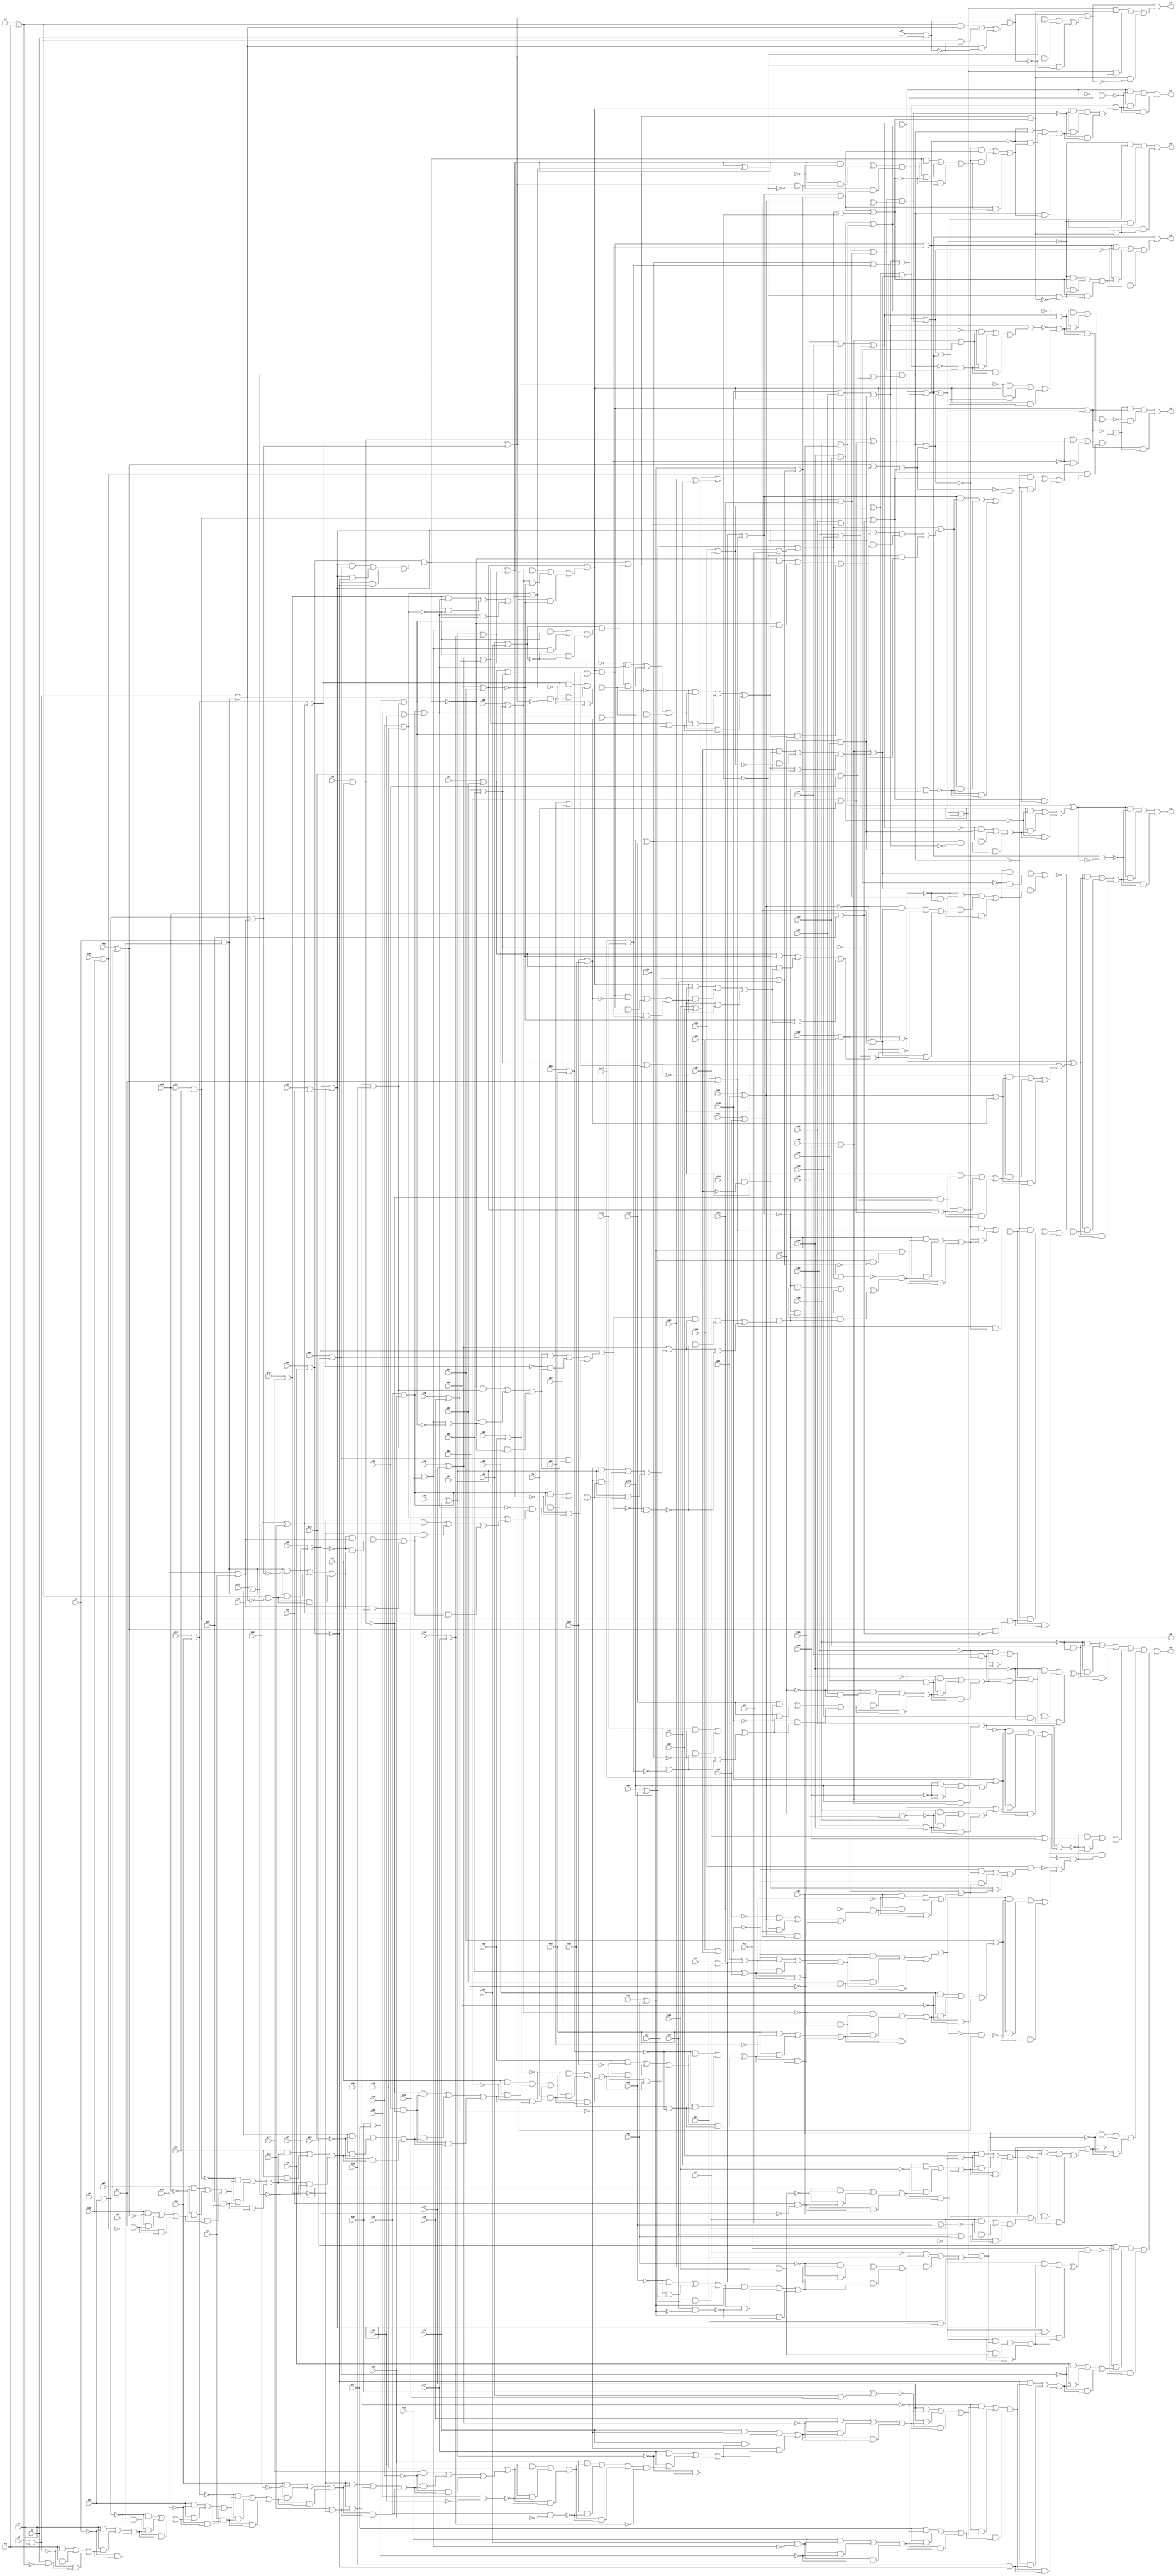
module top( x0 , x1 , x2 , x3 , x4 , x5 , x6 , x7 , x8 , x9 , x10 , x11 , x12 , x13 , x14 , x15 , x16 , x17 , x18 , x19 , x20 , x21 , x22 , x23 , x24 , x25 , x26 , x27 , x28 , x29 , x30 , x31 , x32 , x33 , x34 , x35 , x36 , x37 , x38 , x39 , x40 , x41 , x42 , x43 , x44 , x45 , x46 , x47 , x48 , x49 , x50 , x51 , x52 , x53 , x54 , x55 , x56 , x57 , x58 , x59 , x60 , x61 , x62 , x63 , x64 , x65 , x66 , x67 , x68 , x69 , x70 , x71 , x72 , x73 , x74 , x75 , x76 , x77 , x78 , x79 , x80 , x81 , x82 , x83 , x84 , x85 , x86 , x87 , x88 , x89 , x90 , x91 , x92 , x93 , x94 , x95 , x96 , x97 , x98 , x99 , x100 , x101 , x102 , x103 , x104 , x105 , x106 , x107 , x108 , x109 , x110 , x111 , x112 , x113 , x114 , x115 , x116 , x117 , x118 , x119 , x120 , x121 , x122 , x123 , x124 , x125 , x126 , x127 , y0 , y1 , y2 , y3 , y4 , y5 , y6 , y7 );
  input x0 , x1 , x2 , x3 , x4 , x5 , x6 , x7 , x8 , x9 , x10 , x11 , x12 , x13 , x14 , x15 , x16 , x17 , x18 , x19 , x20 , x21 , x22 , x23 , x24 , x25 , x26 , x27 , x28 , x29 , x30 , x31 , x32 , x33 , x34 , x35 , x36 , x37 , x38 , x39 , x40 , x41 , x42 , x43 , x44 , x45 , x46 , x47 , x48 , x49 , x50 , x51 , x52 , x53 , x54 , x55 , x56 , x57 , x58 , x59 , x60 , x61 , x62 , x63 , x64 , x65 , x66 , x67 , x68 , x69 , x70 , x71 , x72 , x73 , x74 , x75 , x76 , x77 , x78 , x79 , x80 , x81 , x82 , x83 , x84 , x85 , x86 , x87 , x88 , x89 , x90 , x91 , x92 , x93 , x94 , x95 , x96 , x97 , x98 , x99 , x100 , x101 , x102 , x103 , x104 , x105 , x106 , x107 , x108 , x109 , x110 , x111 , x112 , x113 , x114 , x115 , x116 , x117 , x118 , x119 , x120 , x121 , x122 , x123 , x124 , x125 , x126 , x127 ;
  output y0 , y1 , y2 , y3 , y4 , y5 , y6 , y7 ;
  wire n129 , n130 , n131 , n132 , n133 , n134 , n135 , n136 , n137 , n138 , n139 , n140 , n141 , n142 , n143 , n144 , n145 , n146 , n147 , n148 , n149 , n150 , n151 , n152 , n153 , n154 , n155 , n156 , n157 , n158 , n159 , n160 , n161 , n162 , n163 , n164 , n165 , n166 , n167 , n168 , n169 , n170 , n171 , n172 , n173 , n174 , n175 , n176 , n177 , n178 , n179 , n180 , n181 , n182 , n183 , n184 , n185 , n186 , n187 , n188 , n189 , n190 , n191 , n192 , n193 , n194 , n195 , n196 , n197 , n198 , n199 , n200 , n201 , n202 , n203 , n204 , n205 , n206 , n207 , n208 , n209 , n210 , n211 , n212 , n213 , n214 , n215 , n216 , n217 , n218 , n219 , n220 , n221 , n222 , n223 , n224 , n225 , n226 , n227 , n228 , n229 , n230 , n231 , n232 , n233 , n234 , n235 , n236 , n237 , n238 , n239 , n240 , n241 , n242 , n243 , n244 , n245 , n246 , n247 , n248 , n249 , n250 , n251 , n252 , n253 , n254 , n255 , n256 , n257 , n258 , n259 , n260 , n261 , n262 , n263 , n264 , n265 , n266 , n267 , n268 , n269 , n270 , n271 , n272 , n273 , n274 , n275 , n276 , n277 , n278 , n279 , n280 , n281 , n282 , n283 , n284 , n285 , n286 , n287 , n288 , n289 , n290 , n291 , n292 , n293 , n294 , n295 , n296 , n297 , n298 , n299 , n300 , n301 , n302 , n303 , n304 , n305 , n306 , n307 , n308 , n309 , n310 , n311 , n312 , n313 , n314 , n315 , n316 , n317 , n318 , n319 , n320 , n321 , n322 , n323 , n324 , n325 , n326 , n327 , n328 , n329 , n330 , n331 , n332 , n333 , n334 , n335 , n336 , n337 , n338 , n339 , n340 , n341 , n342 , n343 , n344 , n345 , n346 , n347 , n348 , n349 , n350 , n351 , n352 , n353 , n354 , n355 , n356 , n357 , n358 , n359 , n360 , n361 , n362 , n363 , n364 , n365 , n366 , n367 , n368 , n369 , n370 , n371 , n372 , n373 , n374 , n375 , n376 , n377 , n378 , n379 , n380 , n381 , n382 , n383 , n384 , n385 , n386 , n387 , n388 , n389 , n390 , n391 , n392 , n393 , n394 , n395 , n396 , n397 , n398 , n399 , n400 , n401 , n402 , n403 , n404 , n405 , n406 , n407 , n408 , n409 , n410 , n411 , n412 , n413 , n414 , n415 , n416 , n417 , n418 , n419 , n420 , n421 , n422 , n423 , n424 , n425 , n426 , n427 , n428 , n429 , n430 , n431 , n432 , n433 , n434 , n435 , n436 , n437 , n438 , n439 , n440 , n441 , n442 , n443 , n444 , n445 , n446 , n447 , n448 , n449 , n450 , n451 , n452 , n453 , n454 , n455 , n456 , n457 , n458 , n459 , n460 , n461 , n462 , n463 , n464 , n465 ;
  assign n129 = x125 & ~x126 ;
  assign n130 = x121 & ~x122 ;
  assign n131 = x119 & ~x120 ;
  assign n132 = x117 & ~x118 ;
  assign n133 = x114 | x115 ;
  assign n134 = x112 | x113 ;
  assign n135 = x111 & ~n134 ;
  assign n136 = ( x113 & ~n133 ) | ( x113 & n135 ) | ( ~n133 & n135 ) ;
  assign n137 = ( x115 & ~x116 ) | ( x115 & n136 ) | ( ~x116 & n136 ) ;
  assign n138 = ( ~x118 & n132 ) | ( ~x118 & n137 ) | ( n132 & n137 ) ;
  assign n139 = ( ~x120 & n131 ) | ( ~x120 & n138 ) | ( n131 & n138 ) ;
  assign n140 = ( ~x122 & n130 ) | ( ~x122 & n139 ) | ( n130 & n139 ) ;
  assign n141 = x123 & ~x124 ;
  assign n142 = ( ~x124 & n140 ) | ( ~x124 & n141 ) | ( n140 & n141 ) ;
  assign n143 = ( ~x126 & n129 ) | ( ~x126 & n142 ) | ( n129 & n142 ) ;
  assign n144 = x110 | x112 ;
  assign n145 = x108 | x109 ;
  assign n146 = ( ~x109 & x114 ) | ( ~x109 & n145 ) | ( x114 & n145 ) ;
  assign n147 = x116 | n146 ;
  assign n148 = x118 | x120 ;
  assign n149 = x122 | x124 ;
  assign n150 = ( x126 & ~n148 ) | ( x126 & n149 ) | ( ~n148 & n149 ) ;
  assign n151 = n148 | n150 ;
  assign n152 = ( ~n144 & n147 ) | ( ~n144 & n151 ) | ( n147 & n151 ) ;
  assign n153 = n144 | n152 ;
  assign n154 = x107 | x109 ;
  assign n155 = x103 | x105 ;
  assign n156 = x104 & ~x105 ;
  assign n157 = x102 | x103 ;
  assign n158 = x99 | x101 ;
  assign n159 = x98 | x99 ;
  assign n160 = x96 | x97 ;
  assign n161 = ( ~x97 & n159 ) | ( ~x97 & n160 ) | ( n159 & n160 ) ;
  assign n162 = ~x101 & n161 ;
  assign n163 = ( x100 & ~n158 ) | ( x100 & n162 ) | ( ~n158 & n162 ) ;
  assign n164 = n157 | n163 ;
  assign n165 = ( ~n155 & n156 ) | ( ~n155 & n164 ) | ( n156 & n164 ) ;
  assign n166 = x106 | n165 ;
  assign n167 = x95 | x97 ;
  assign n168 = ( ~n155 & n158 ) | ( ~n155 & n167 ) | ( n158 & n167 ) ;
  assign n169 = x93 & ~x94 ;
  assign n170 = ( ~n155 & n168 ) | ( ~n155 & n169 ) | ( n168 & n169 ) ;
  assign n171 = n155 | n170 ;
  assign n172 = x88 | x89 ;
  assign n173 = x87 & ~n172 ;
  assign n174 = x84 | x85 ;
  assign n175 = x80 | x81 ;
  assign n176 = x76 | x77 ;
  assign n177 = x75 & ~n176 ;
  assign n178 = x70 | x71 ;
  assign n179 = x66 | x67 ;
  assign n180 = x64 | x65 ;
  assign n181 = x63 & ~n180 ;
  assign n182 = ( x65 & ~n179 ) | ( x65 & n181 ) | ( ~n179 & n181 ) ;
  assign n183 = ( x67 & ~x68 ) | ( x67 & n182 ) | ( ~x68 & n182 ) ;
  assign n184 = x69 & ~n178 ;
  assign n185 = ( ~n178 & n183 ) | ( ~n178 & n184 ) | ( n183 & n184 ) ;
  assign n186 = x72 | x73 ;
  assign n187 = ( x71 & n185 ) | ( x71 & ~n186 ) | ( n185 & ~n186 ) ;
  assign n188 = ( x73 & ~x74 ) | ( x73 & n187 ) | ( ~x74 & n187 ) ;
  assign n189 = ( ~n176 & n177 ) | ( ~n176 & n188 ) | ( n177 & n188 ) ;
  assign n190 = ( x77 & ~x78 ) | ( x77 & n189 ) | ( ~x78 & n189 ) ;
  assign n191 = x79 & ~n175 ;
  assign n192 = ( ~n175 & n190 ) | ( ~n175 & n191 ) | ( n190 & n191 ) ;
  assign n193 = ( x81 & ~x82 ) | ( x81 & n192 ) | ( ~x82 & n192 ) ;
  assign n194 = x83 & ~n174 ;
  assign n195 = ( ~n174 & n193 ) | ( ~n174 & n194 ) | ( n193 & n194 ) ;
  assign n196 = ( x85 & ~x86 ) | ( x85 & n195 ) | ( ~x86 & n195 ) ;
  assign n197 = ( ~n172 & n173 ) | ( ~n172 & n196 ) | ( n173 & n196 ) ;
  assign n198 = ( x89 & ~x90 ) | ( x89 & n197 ) | ( ~x90 & n197 ) ;
  assign n199 = x91 | n198 ;
  assign n200 = x92 | x93 ;
  assign n201 = x94 | x95 ;
  assign n202 = n200 | n201 ;
  assign n203 = ~n171 & n202 ;
  assign n204 = ( n171 & n199 ) | ( n171 & ~n203 ) | ( n199 & ~n203 ) ;
  assign n205 = ~n166 & n204 ;
  assign n206 = ~n154 & n205 ;
  assign n207 = ( ~n153 & n154 ) | ( ~n153 & n206 ) | ( n154 & n206 ) ;
  assign n208 = n143 | n207 ;
  assign n209 = x90 | x91 ;
  assign n210 = ( n172 & n202 ) | ( n172 & ~n209 ) | ( n202 & ~n209 ) ;
  assign n211 = n209 | n210 ;
  assign n212 = x86 | x87 ;
  assign n213 = n174 | n212 ;
  assign n214 = n211 | n213 ;
  assign n215 = x82 | x83 ;
  assign n216 = n175 | n215 ;
  assign n217 = n214 | n216 ;
  assign n218 = x78 | x79 ;
  assign n219 = n176 | n218 ;
  assign n220 = x74 | x75 ;
  assign n221 = n186 | n220 ;
  assign n222 = n219 | n221 ;
  assign n223 = n179 | n180 ;
  assign n224 = x68 | x69 ;
  assign n225 = n178 | n224 ;
  assign n226 = n223 | n225 ;
  assign n227 = n222 | n226 ;
  assign n228 = n217 | n227 ;
  assign n229 = x106 | x107 ;
  assign n230 = x110 | x111 ;
  assign n231 = n229 | n230 ;
  assign n232 = ( x105 & n156 ) | ( x105 & ~n229 ) | ( n156 & ~n229 ) ;
  assign n233 = n145 | n232 ;
  assign n234 = n231 | n233 ;
  assign n235 = x100 | x101 ;
  assign n236 = n157 | n235 ;
  assign n237 = n159 | n160 ;
  assign n238 = n236 | n237 ;
  assign n239 = n234 | n238 ;
  assign n240 = x120 | x121 ;
  assign n241 = x122 | x123 ;
  assign n242 = n240 | n241 ;
  assign n243 = x124 | x125 ;
  assign n244 = x126 | x127 ;
  assign n245 = n243 | n244 ;
  assign n246 = n242 | n245 ;
  assign n247 = x116 | x117 ;
  assign n248 = x118 | x119 ;
  assign n249 = n247 | n248 ;
  assign n250 = n133 | n134 ;
  assign n251 = n249 | n250 ;
  assign n252 = n246 | n251 ;
  assign n253 = n239 | n252 ;
  assign n254 = n228 | n253 ;
  assign n255 = x60 | x61 ;
  assign n256 = x54 | x55 ;
  assign n257 = ( ~x55 & x56 ) | ( ~x55 & n256 ) | ( x56 & n256 ) ;
  assign n258 = x58 | x59 ;
  assign n259 = x57 & ~n258 ;
  assign n260 = ( n257 & n258 ) | ( n257 & ~n259 ) | ( n258 & ~n259 ) ;
  assign n261 = ( ~x59 & n255 ) | ( ~x59 & n260 ) | ( n255 & n260 ) ;
  assign n262 = ( ~x61 & x62 ) | ( ~x61 & n261 ) | ( x62 & n261 ) ;
  assign n263 = n254 | n262 ;
  assign n264 = x51 & ~x52 ;
  assign n265 = x48 | x50 ;
  assign n266 = x46 | x47 ;
  assign n267 = x45 & ~n266 ;
  assign n268 = ( x47 & ~n265 ) | ( x47 & n267 ) | ( ~n265 & n267 ) ;
  assign n269 = ( x49 & ~x50 ) | ( x49 & n268 ) | ( ~x50 & n268 ) ;
  assign n270 = ( ~x52 & n264 ) | ( ~x52 & n269 ) | ( n264 & n269 ) ;
  assign n271 = x53 | x55 ;
  assign n272 = x57 | x59 ;
  assign n273 = ( x61 & ~n271 ) | ( x61 & n272 ) | ( ~n271 & n272 ) ;
  assign n274 = n271 | n273 ;
  assign n275 = ( x127 & ~n270 ) | ( x127 & n274 ) | ( ~n270 & n274 ) ;
  assign n276 = n270 | n275 ;
  assign n277 = ( x127 & ~n263 ) | ( x127 & n276 ) | ( ~n263 & n276 ) ;
  assign n278 = n208 | n277 ;
  assign n279 = x44 | x45 ;
  assign n280 = n266 | n279 ;
  assign n281 = ( ~x52 & n263 ) | ( ~x52 & n265 ) | ( n263 & n265 ) ;
  assign n282 = ( ~x52 & n280 ) | ( ~x52 & n281 ) | ( n280 & n281 ) ;
  assign n283 = x52 | n282 ;
  assign n284 = x42 | x43 ;
  assign n285 = x40 | x41 ;
  assign n286 = x32 | x34 ;
  assign n287 = x36 | n286 ;
  assign n288 = x30 | x31 ;
  assign n289 = x28 | x29 ;
  assign n290 = x26 | x27 ;
  assign n291 = x16 | x17 ;
  assign n292 = x12 | x13 ;
  assign n293 = x8 | x9 ;
  assign n294 = x7 & ~n293 ;
  assign n295 = x4 | x5 ;
  assign n296 = x2 | x3 ;
  assign n297 = x1 & ~n296 ;
  assign n298 = ( x3 & ~n295 ) | ( x3 & n297 ) | ( ~n295 & n297 ) ;
  assign n299 = ( x5 & ~x6 ) | ( x5 & n298 ) | ( ~x6 & n298 ) ;
  assign n300 = ( ~n293 & n294 ) | ( ~n293 & n299 ) | ( n294 & n299 ) ;
  assign n301 = ( x9 & ~x10 ) | ( x9 & n300 ) | ( ~x10 & n300 ) ;
  assign n302 = x11 & ~n292 ;
  assign n303 = ( ~n292 & n301 ) | ( ~n292 & n302 ) | ( n301 & n302 ) ;
  assign n304 = ( x13 & ~x14 ) | ( x13 & n303 ) | ( ~x14 & n303 ) ;
  assign n305 = x15 & ~n291 ;
  assign n306 = ( ~n291 & n304 ) | ( ~n291 & n305 ) | ( n304 & n305 ) ;
  assign n307 = ( x17 & ~x18 ) | ( x17 & n306 ) | ( ~x18 & n306 ) ;
  assign n308 = x19 | n307 ;
  assign n309 = x20 & ~x21 ;
  assign n310 = ( x21 & n308 ) | ( x21 & ~n309 ) | ( n308 & ~n309 ) ;
  assign n311 = x22 & ~x23 ;
  assign n312 = ( x23 & n310 ) | ( x23 & ~n311 ) | ( n310 & ~n311 ) ;
  assign n313 = x24 | x25 ;
  assign n314 = n312 & ~n313 ;
  assign n315 = ( x25 & ~n290 ) | ( x25 & n314 ) | ( ~n290 & n314 ) ;
  assign n316 = ( x27 & ~n289 ) | ( x27 & n315 ) | ( ~n289 & n315 ) ;
  assign n317 = ( x29 & ~n288 ) | ( x29 & n316 ) | ( ~n288 & n316 ) ;
  assign n318 = ( x31 & ~n287 ) | ( x31 & n317 ) | ( ~n287 & n317 ) ;
  assign n319 = x34 | x35 ;
  assign n320 = x33 & ~n319 ;
  assign n321 = x36 | x37 ;
  assign n322 = ( x35 & n320 ) | ( x35 & ~n321 ) | ( n320 & ~n321 ) ;
  assign n323 = ( x37 & ~x38 ) | ( x37 & n322 ) | ( ~x38 & n322 ) ;
  assign n324 = ( ~x38 & n318 ) | ( ~x38 & n323 ) | ( n318 & n323 ) ;
  assign n325 = x39 & ~n285 ;
  assign n326 = ( ~n285 & n324 ) | ( ~n285 & n325 ) | ( n324 & n325 ) ;
  assign n327 = ( x41 & ~n284 ) | ( x41 & n326 ) | ( ~n284 & n326 ) ;
  assign n328 = ( x43 & ~n283 ) | ( x43 & n327 ) | ( ~n283 & n327 ) ;
  assign n329 = n278 | n328 ;
  assign n330 = n133 & ~n249 ;
  assign n331 = ( ~n242 & n248 ) | ( ~n242 & n330 ) | ( n248 & n330 ) ;
  assign n332 = ( n241 & ~n243 ) | ( n241 & n331 ) | ( ~n243 & n331 ) ;
  assign n333 = n244 | n332 ;
  assign n334 = n252 & ~n333 ;
  assign n335 = n157 | n231 ;
  assign n336 = n235 & ~n335 ;
  assign n337 = ~n159 & n160 ;
  assign n338 = n201 | n212 ;
  assign n339 = ( n214 & ~n215 ) | ( n214 & n216 ) | ( ~n215 & n216 ) ;
  assign n340 = ( n211 & ~n338 ) | ( n211 & n339 ) | ( ~n338 & n339 ) ;
  assign n341 = ( n200 & ~n209 ) | ( n200 & n340 ) | ( ~n209 & n340 ) ;
  assign n342 = ~n201 & n341 ;
  assign n343 = ( ~n159 & n337 ) | ( ~n159 & n342 ) | ( n337 & n342 ) ;
  assign n344 = ( ~n335 & n336 ) | ( ~n335 & n343 ) | ( n336 & n343 ) ;
  assign n345 = ( ~n230 & n233 ) | ( ~n230 & n344 ) | ( n233 & n344 ) ;
  assign n346 = n159 | n215 ;
  assign n347 = ~n176 & n220 ;
  assign n348 = n209 | n218 ;
  assign n349 = ( ~n338 & n347 ) | ( ~n338 & n348 ) | ( n347 & n348 ) ;
  assign n350 = ( ~n338 & n346 ) | ( ~n338 & n349 ) | ( n346 & n349 ) ;
  assign n351 = n338 | n350 ;
  assign n352 = n335 | n351 ;
  assign n353 = x62 | x63 ;
  assign n354 = n255 | n353 ;
  assign n355 = x56 | x57 ;
  assign n356 = n256 & ~n355 ;
  assign n357 = n258 | n356 ;
  assign n358 = x52 | x53 ;
  assign n359 = n256 | n358 ;
  assign n360 = n355 | n359 ;
  assign n361 = x50 | x51 ;
  assign n362 = x48 | x49 ;
  assign n363 = n361 | n362 ;
  assign n364 = ( n280 & n284 ) | ( n280 & ~n285 ) | ( n284 & ~n285 ) ;
  assign n365 = n285 | n364 ;
  assign n366 = x38 | x39 ;
  assign n367 = n321 | n366 ;
  assign n368 = n319 & ~n367 ;
  assign n369 = ( ~n365 & n366 ) | ( ~n365 & n368 ) | ( n366 & n368 ) ;
  assign n370 = ( ~n279 & n284 ) | ( ~n279 & n369 ) | ( n284 & n369 ) ;
  assign n371 = n266 | n370 ;
  assign n372 = x22 | x23 ;
  assign n373 = n288 | n289 ;
  assign n374 = n290 | n313 ;
  assign n375 = n373 | n374 ;
  assign n376 = x20 | x21 ;
  assign n377 = n372 | n376 ;
  assign n378 = x18 | x19 ;
  assign n379 = x14 | x15 ;
  assign n380 = n292 | n379 ;
  assign n381 = x10 | x11 ;
  assign n382 = x6 | x7 ;
  assign n383 = n293 | n381 ;
  assign n384 = n295 | n382 ;
  assign n385 = n296 & ~n384 ;
  assign n386 = ( n382 & ~n383 ) | ( n382 & n385 ) | ( ~n383 & n385 ) ;
  assign n387 = ( ~n380 & n381 ) | ( ~n380 & n386 ) | ( n381 & n386 ) ;
  assign n388 = ( ~n291 & n379 ) | ( ~n291 & n387 ) | ( n379 & n387 ) ;
  assign n389 = n378 | n388 ;
  assign n390 = ~n377 & n389 ;
  assign n391 = ( n372 & ~n375 ) | ( n372 & n390 ) | ( ~n375 & n390 ) ;
  assign n392 = ( ~n289 & n290 ) | ( ~n289 & n391 ) | ( n290 & n391 ) ;
  assign n393 = n288 | n392 ;
  assign n394 = x32 | x33 ;
  assign n395 = ( n319 & n367 ) | ( n319 & ~n394 ) | ( n367 & ~n394 ) ;
  assign n396 = n394 | n395 ;
  assign n397 = n365 | n396 ;
  assign n398 = ~n371 & n397 ;
  assign n399 = ( n371 & n393 ) | ( n371 & ~n398 ) | ( n393 & ~n398 ) ;
  assign n400 = ~n363 & n399 ;
  assign n401 = ( ~n354 & n361 ) | ( ~n354 & n400 ) | ( n361 & n400 ) ;
  assign n402 = ~n360 & n401 ;
  assign n403 = ( ~n354 & n357 ) | ( ~n354 & n402 ) | ( n357 & n402 ) ;
  assign n404 = ( ~n227 & n353 ) | ( ~n227 & n403 ) | ( n353 & n403 ) ;
  assign n405 = n179 & ~n224 ;
  assign n406 = n178 | n405 ;
  assign n407 = ( ~n222 & n404 ) | ( ~n222 & n406 ) | ( n404 & n406 ) ;
  assign n408 = ~n345 & n407 ;
  assign n409 = ( ~n345 & n352 ) | ( ~n345 & n408 ) | ( n352 & n408 ) ;
  assign n410 = ( n333 & ~n334 ) | ( n333 & n409 ) | ( ~n334 & n409 ) ;
  assign n411 = n242 & ~n245 ;
  assign n412 = n145 | n230 ;
  assign n413 = ~n234 & n236 ;
  assign n414 = ( ~n250 & n412 ) | ( ~n250 & n413 ) | ( n412 & n413 ) ;
  assign n415 = n249 | n414 ;
  assign n416 = ( ~n202 & n211 ) | ( ~n202 & n253 ) | ( n211 & n253 ) ;
  assign n417 = ~n415 & n416 ;
  assign n418 = ( ~n245 & n411 ) | ( ~n245 & n417 ) | ( n411 & n417 ) ;
  assign n419 = n214 | n253 ;
  assign n420 = ( n291 & n377 ) | ( n291 & ~n378 ) | ( n377 & ~n378 ) ;
  assign n421 = n378 | n420 ;
  assign n422 = n380 | n383 ;
  assign n423 = n384 & ~n422 ;
  assign n424 = ( n380 & ~n421 ) | ( n380 & n423 ) | ( ~n421 & n423 ) ;
  assign n425 = ( ~n374 & n377 ) | ( ~n374 & n424 ) | ( n377 & n424 ) ;
  assign n426 = n373 & ~n396 ;
  assign n427 = ( ~n396 & n425 ) | ( ~n396 & n426 ) | ( n425 & n426 ) ;
  assign n428 = ( ~n365 & n367 ) | ( ~n365 & n427 ) | ( n367 & n427 ) ;
  assign n429 = ( n280 & ~n363 ) | ( n280 & n428 ) | ( ~n363 & n428 ) ;
  assign n430 = n359 | n429 ;
  assign n431 = n258 | n355 ;
  assign n432 = ~n354 & n431 ;
  assign n433 = ( n354 & n430 ) | ( n354 & ~n432 ) | ( n430 & ~n432 ) ;
  assign n434 = ~n226 & n433 ;
  assign n435 = ( ~n222 & n225 ) | ( ~n222 & n434 ) | ( n225 & n434 ) ;
  assign n436 = ( ~n216 & n219 ) | ( ~n216 & n435 ) | ( n219 & n435 ) ;
  assign n437 = ~n419 & n436 ;
  assign n438 = ( ~n418 & n419 ) | ( ~n418 & n437 ) | ( n419 & n437 ) ;
  assign n439 = ~n246 & n251 ;
  assign n440 = n354 | n431 ;
  assign n441 = n375 | n421 ;
  assign n442 = n422 & ~n441 ;
  assign n443 = ( n375 & ~n397 ) | ( n375 & n442 ) | ( ~n397 & n442 ) ;
  assign n444 = n359 | n363 ;
  assign n445 = n440 | n444 ;
  assign n446 = ( n365 & n443 ) | ( n365 & ~n445 ) | ( n443 & ~n445 ) ;
  assign n447 = ( ~n227 & n440 ) | ( ~n227 & n446 ) | ( n440 & n446 ) ;
  assign n448 = ( ~n217 & n222 ) | ( ~n217 & n447 ) | ( n222 & n447 ) ;
  assign n449 = ( n211 & ~n238 ) | ( n211 & n448 ) | ( ~n238 & n448 ) ;
  assign n450 = n234 | n449 ;
  assign n451 = ( n246 & ~n439 ) | ( n246 & n450 ) | ( ~n439 & n450 ) ;
  assign n452 = n397 | n445 ;
  assign n453 = n441 & ~n452 ;
  assign n454 = ( ~n228 & n445 ) | ( ~n228 & n453 ) | ( n445 & n453 ) ;
  assign n455 = ( n217 & ~n239 ) | ( n217 & n454 ) | ( ~n239 & n454 ) ;
  assign n456 = n252 | n455 ;
  assign n457 = n253 | n452 ;
  assign n458 = ( ~n228 & n253 ) | ( ~n228 & n457 ) | ( n253 & n457 ) ;
  assign n459 = x0 | x1 ;
  assign n460 = ( n296 & n384 ) | ( n296 & ~n459 ) | ( n384 & ~n459 ) ;
  assign n461 = n459 | n460 ;
  assign n462 = ( n422 & n441 ) | ( n422 & ~n461 ) | ( n441 & ~n461 ) ;
  assign n463 = n461 | n462 ;
  assign n464 = ( n254 & n452 ) | ( n254 & ~n463 ) | ( n452 & ~n463 ) ;
  assign n465 = n463 | n464 ;
  assign y0 = n329 ;
  assign y1 = n410 ;
  assign y2 = n438 ;
  assign y3 = n451 ;
  assign y4 = n456 ;
  assign y5 = n458 ;
  assign y6 = n254 ;
  assign y7 = n465 ;
endmodule